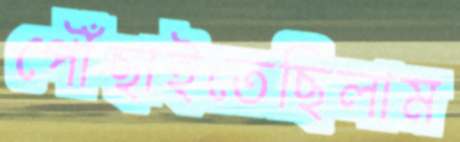
পৌঁছাইতেছিলাম